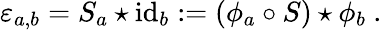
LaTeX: \varepsilon_{a,b}=S_{a}\star\mathrm{id}_{b}:=(\phi_{a}\circ S)\star\phi_{b}~.